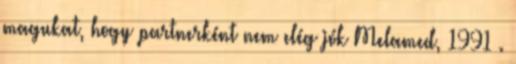
magukat, hogy partnerként nem elég jók Melamed, 1991 .